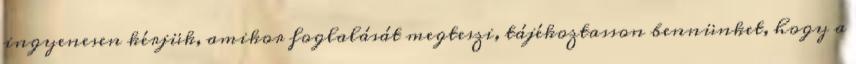
ingyenesen kérjük, amikor foglalását megteszi, tájékoztasson bennünket, hogy a